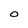
Character: O